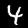
Digit: 4